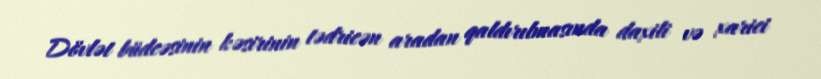
Dövlət büdcəsinin kəsirinin tədricən aradan qaldırılmasında daxili və xarici